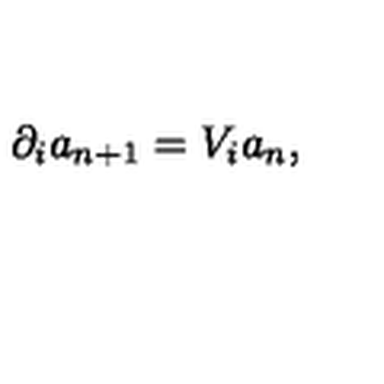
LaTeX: \partial _ { i } a _ { n + 1 } = V _ { i } a _ { n } ,